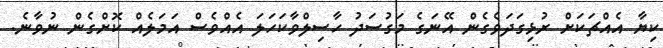
ކިޔާ އެއްޗަކަށް ރުޅިގަދަވެގެން އޭނަގެ މަގުސަދު ހާސިލްވާކަހަލަ އެއްވެސް އަމަލެއް ކޮށްގެން ނުވާނެ.